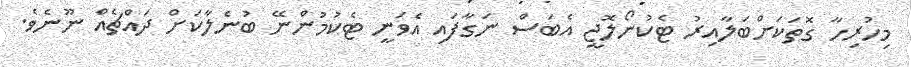
މިހުރިހާ ގޮތަކަށްބަލާއިރު ޓެކުނޯލޮޖީ އެބަސް ނަގާފައި އެވަނީ ޓެކުމުންނޭ ބުނެލާކަށް ދައްޗެއް ނޫނެވެ.